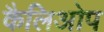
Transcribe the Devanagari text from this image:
कैलिओप